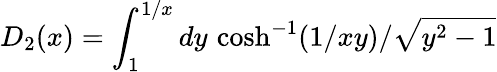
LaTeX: D_{2}(x)=\int_{1}^{1/x}dy\, \cosh^{-1}(1/xy)/\sqrt{y^{2}-1}